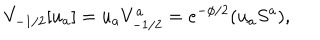
V _ { - 1 / 2 } [ u _ { a } ] = u _ { a } V _ { - 1 / 2 } ^ { a } = e ^ { - \phi / 2 } ( u _ { a } S ^ { a } ) ,